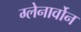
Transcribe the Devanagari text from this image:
ग्लेनार्वोन